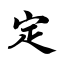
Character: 定